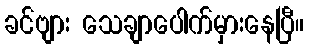
ခင်ဗျား သေချာပေါက်မှားနေပြီ။